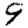
Digit: 9